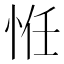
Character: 㤛